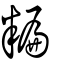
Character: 糄